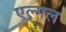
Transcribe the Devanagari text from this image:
एल्गल